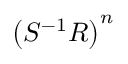
\left( S ^ { - 1 } R \right) ^ { n }